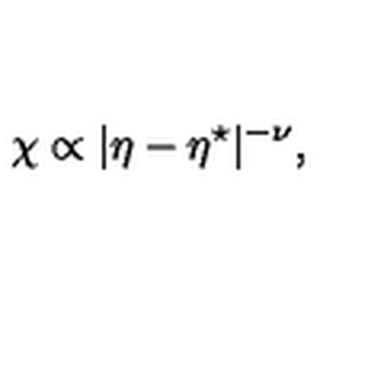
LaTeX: \chi \propto | \eta - \eta ^ { \star } | ^ { - \nu } , \,